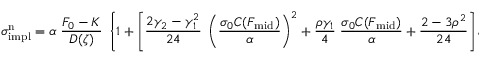
\sigma _ { \mathrm { i m p l } } ^ { \mathrm { n } } = \alpha \; { \frac { F _ { 0 } - K } { D ( \zeta ) } } \; \left\{ 1 + \left[ { \frac { 2 \gamma _ { 2 } - \gamma _ { 1 } ^ { 2 } } { 2 4 } } \; \left( { \frac { \sigma _ { 0 } C ( F _ { \mathrm { m i d } } ) } { \alpha } } \right) ^ { 2 } + { \frac { \rho \gamma _ { 1 } } { 4 } } \; { \frac { \sigma _ { 0 } C ( F _ { \mathrm { m i d } } ) } { \alpha } } + { \frac { 2 - 3 \rho ^ { 2 } } { 2 4 } } \right] \varepsilon \right\} .